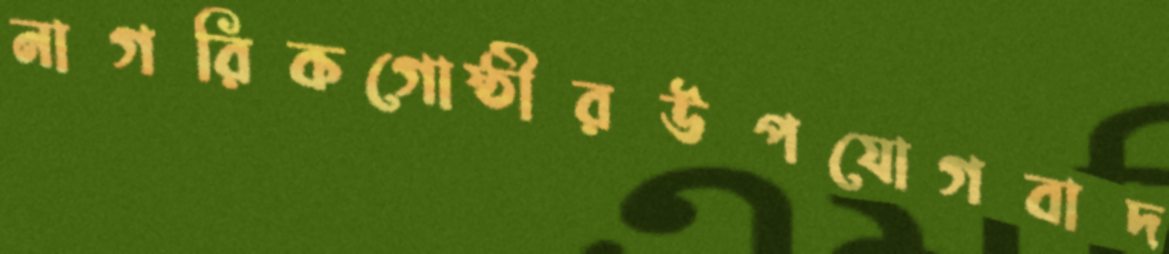
নাগরিকগোষ্ঠীরউপযোগবাদ